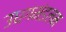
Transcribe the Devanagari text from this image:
उधगमंडलम